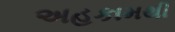
અહકામથી